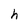
Character: h